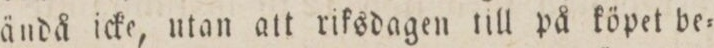
ändå icke, utan att riksdagen till på köpet be=